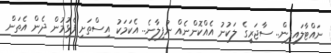
ނައްޓާލައިފިން.. ސާޖަރީގެ ލަކުނު އެއްކޮންނެއް ނުފިލާނެ.. އެކަމަކު އިސްތަށި ފެޅުމުން ދެން އެތަން